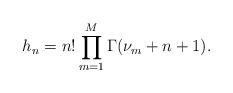
LaTeX: \begin{align*}h_n&=n!\prod_{m=1}^M\Gamma(\nu_m+n+1). \end{align*}